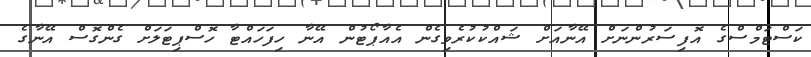
ކަސްޓަމްސްގެ އޮފިސަރުންނަށް އޭނާއަށް ޝައްކުކުރެވިގެން އެއާޕޯޓުން އޭނާ ހިފަހައްޓާ ހޮސްޕިޓަލަށް ގެންގޮސް އޭނާގެ